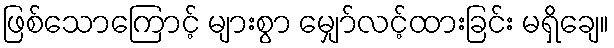
ဖြစ်သောကြောင့် များစွာ မျှော်လင့်ထားခြင်း မရှိချေ။